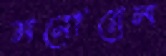
মনোরেল